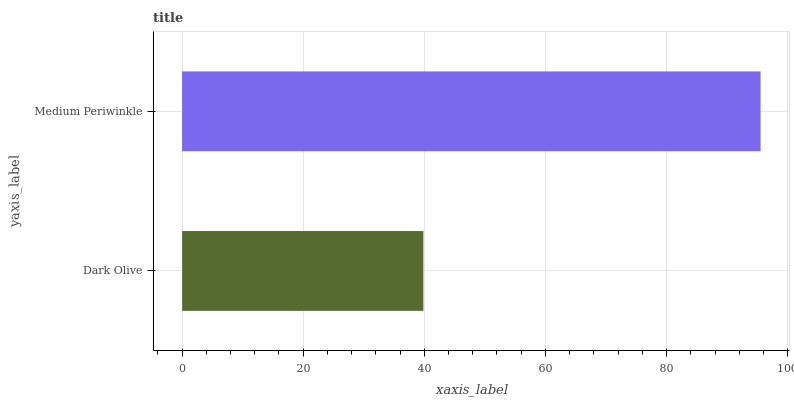
| yaxis_label | bars |
 | --- | --- |
 | Dark Olive | 39.8 |
 | Medium Periwinkle | 95.5 |